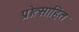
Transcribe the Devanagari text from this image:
प्रॊत्साहित